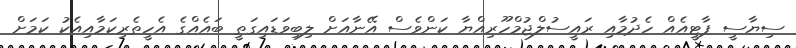
ސިޔާސީ ޕާޓީއެއް ހެދުމާއި ރައީސުލްޖުމްހޫރިއްޔާ ކަންވެސް އޭނާއަށް ލިބިވަޑައިގަތީ ބައެއްގެ އެހީތެރިކަމާއިއެކު ކަމަށް